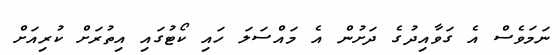
ނަމަވެސް އެ ގަވާއިދުގެ ދަށުން އެ މައްސަލަ ހައި ކޯޓުގައި އިތުރަށް ކުރިއަށް